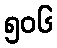
၅၀၆